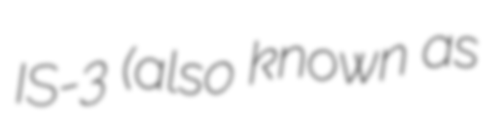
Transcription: IS-3 (also known as